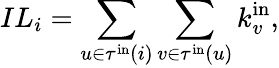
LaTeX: IL_{i}=\sum_{u\in\tau^{\mathrm{in}}(i)}\sum_{v\in\tau^{\mathrm{in}}(u)}k_{v}^{\mathrm{in}},